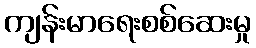
ကျန်းမာရေးစစ်ဆေးမှု